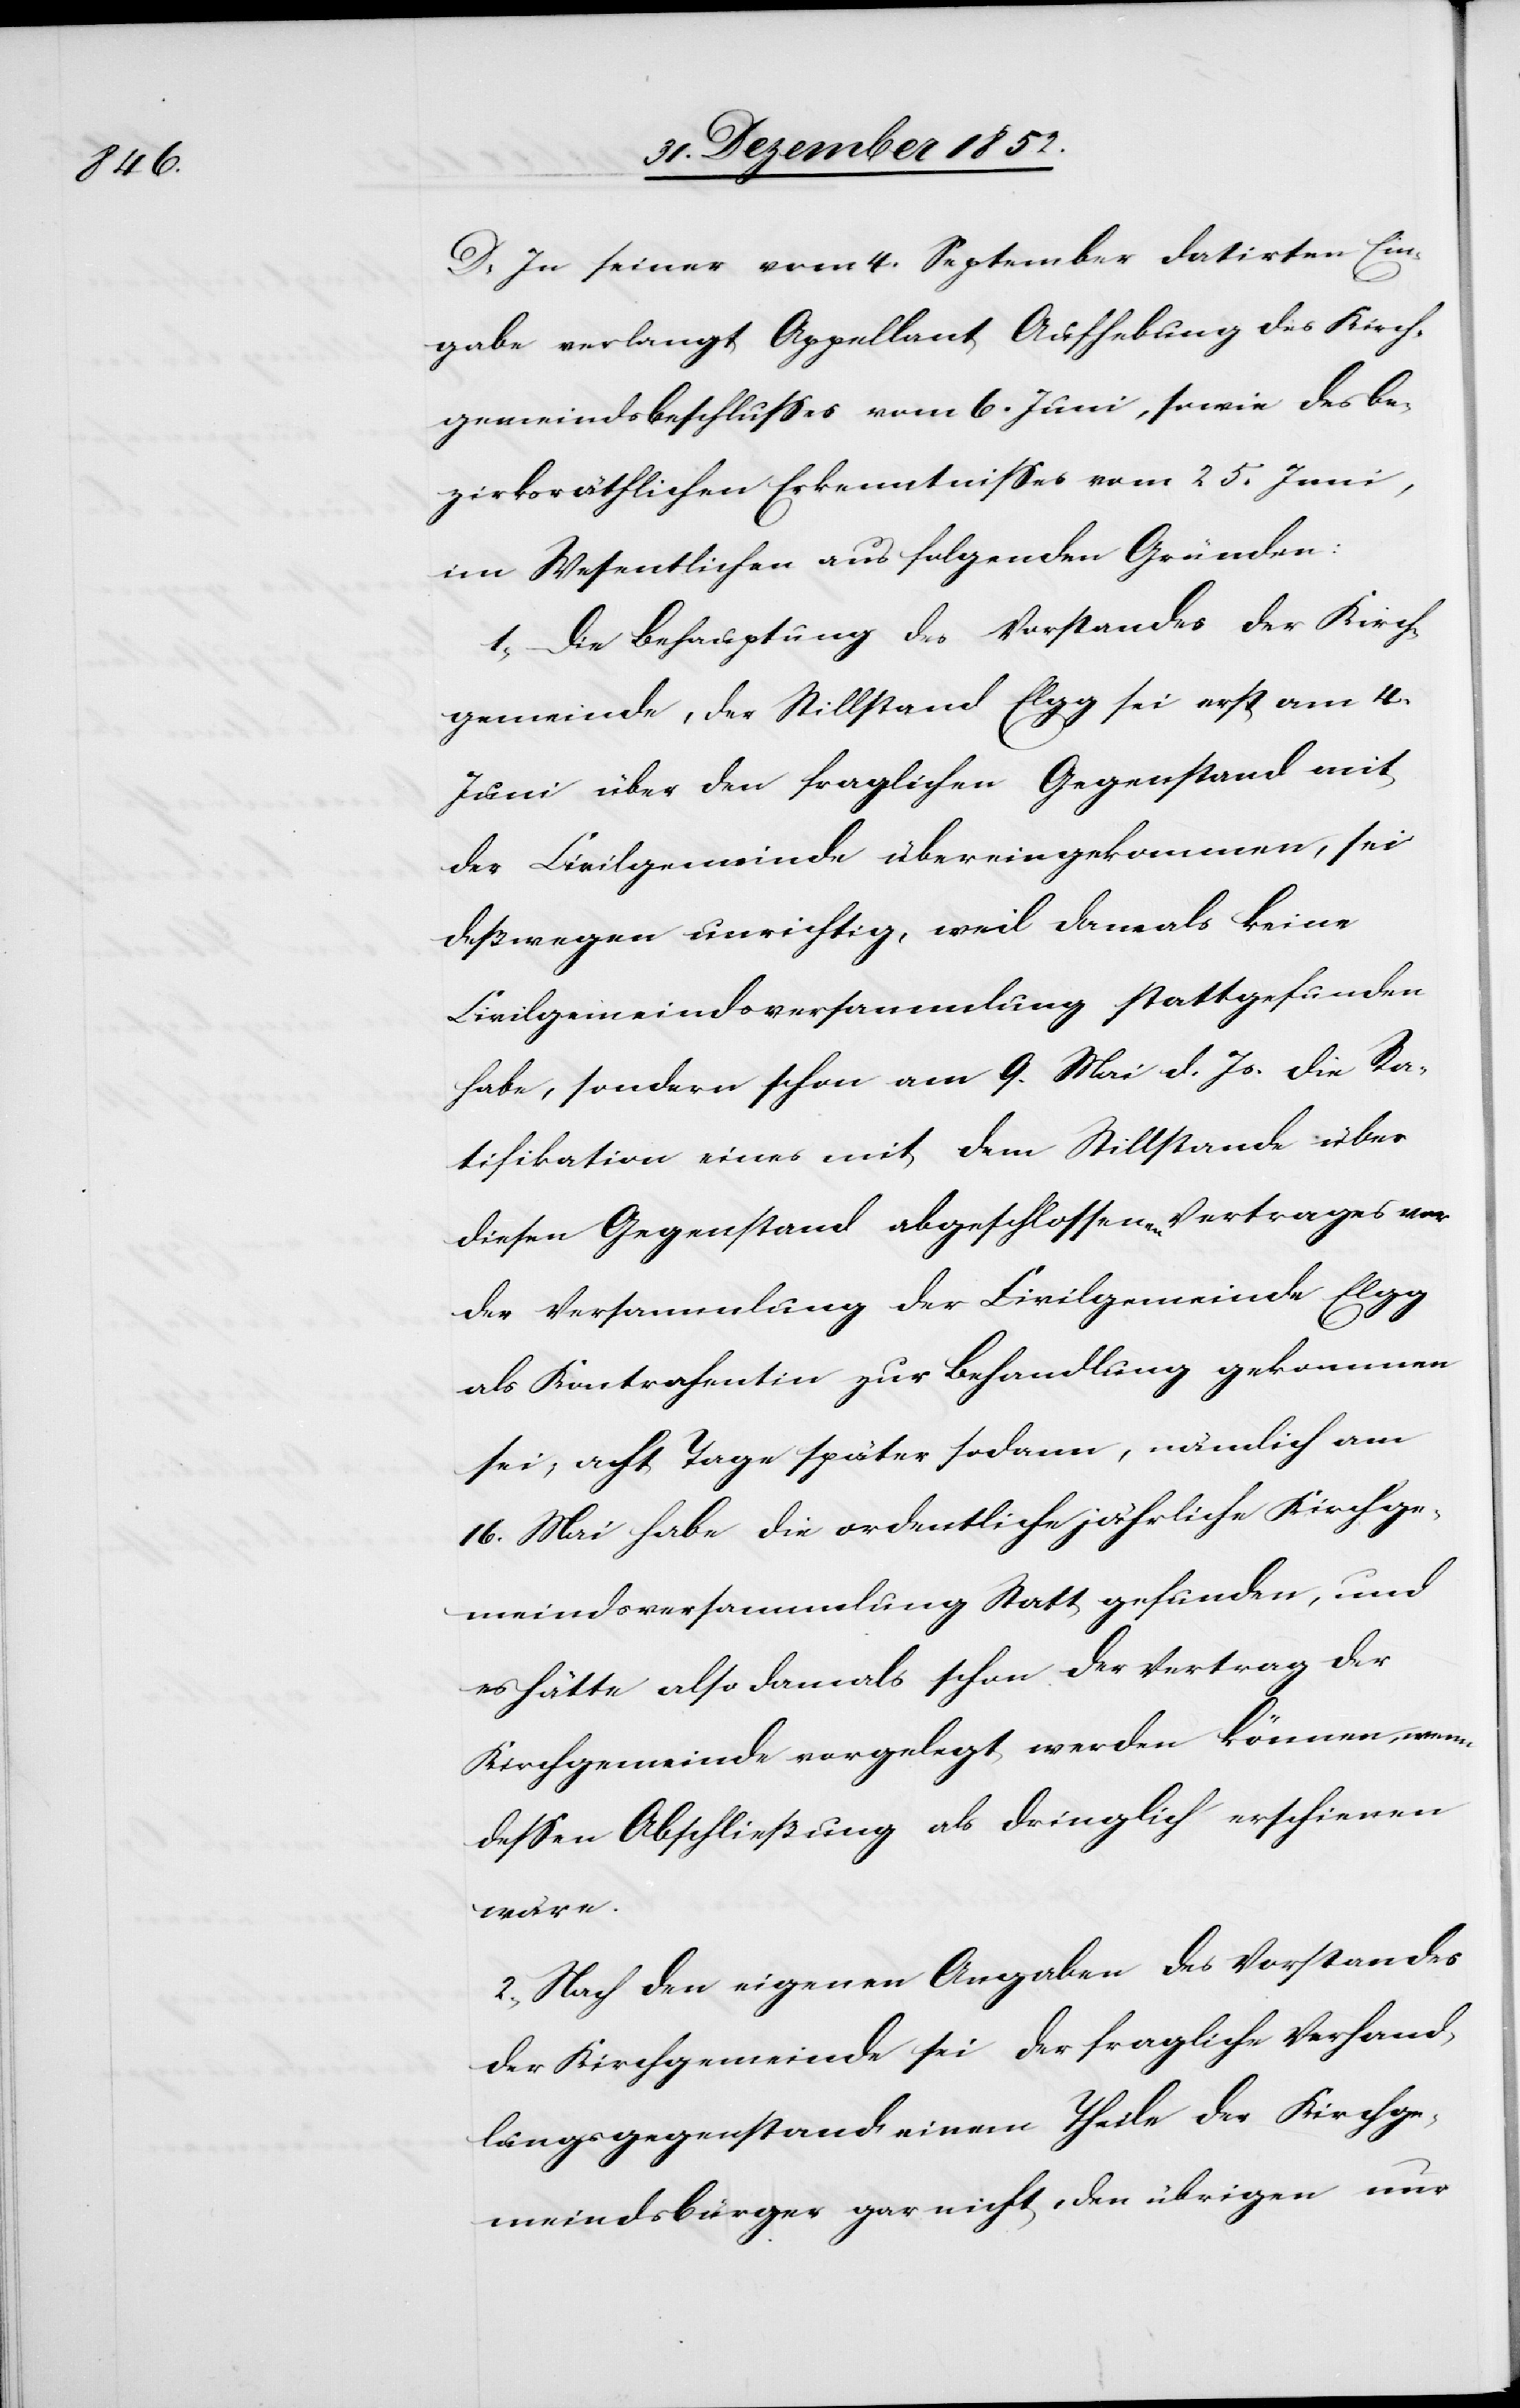
D, In seiner vom 4. September datirten Ein¬
gabe verlangt Appellant Aufhebung des Kirch¬
gemeindsbeschlusses vom 6. Juni, sowie des be¬
zirksräthlichen Erkenntnisses vom 25. Juni,
im Wesentlichen aus folgenden Gründen:
1, Die Behauptung des Vorstandes der Kirch¬
gemeinde, der Stillstand Elgg sei erst am 4.
Juni über den fraglichen Gegenstand mit
der Civilgemeinde übereingekommen, sei
deßwegen unrichtig, weil damals keine
Civilgemeindsversammlung stattgefunden
habe, sondern schon am 9. Mai d. Js. die Ra¬
tifikation eines mit dem Stillstande über
diesen Gegenstand abgeschlossenen Vertrages vor
der Versammlung der Civilgemeinde Elgg
als Kontrahentin zur Behandlung gekommen
sei, acht Tage später sodann, nämlich am
16. Mai habe die ordentliche jährliche Kirchge¬
meindsversammlung Statt gefunden, und
es hätte also damals schon der Vertrag der
Kirchgemeinde vorgelegt werden können, wenn
dessen Abschließung als dringlich erschienen
wäre.
2, Nach den eigenen Angaben des Vorstandes
der Kirchgemeinde sei der fragliche Verhand¬
lungsgegenstand einem Theile der Kirchge¬
meindsbürger gar nicht, den übrigen nur